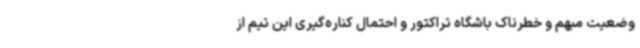
وضعیت مبهم و خطرناک باشگاه تراکتور و احتمال کناره‌گیری این تیم از